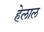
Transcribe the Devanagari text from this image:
हेलाल